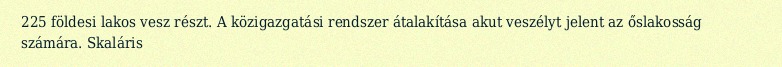
225 földesi lakos vesz részt. A közigazgatási rendszer átalakítása akut veszélyt jelent az őslakosság számára. Skaláris